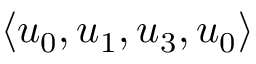
\langle u _ { 0 } , u _ { 1 } , u _ { 3 } , u _ { 0 } \rangle